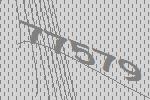
77579